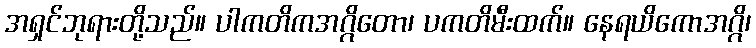
အရှင်ဘုရားတို့သည်။ ပါကတိကအဂ္ဂိတော၊ ပကတိမီးထက်။ နေရယိကောအဂ္ဂိ၊